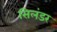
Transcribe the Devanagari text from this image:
सिलंडर